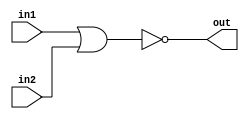
// Implement an NOR gate

module top_module (
    input in1,
    input in2,
    output out);
    
    assign out = !(in1 || in2);

endmodule